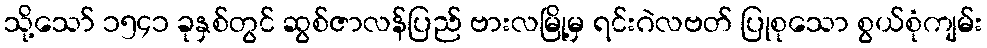
သို့သော် ၁၅၄၁ ခုနှစ်တွင် ဆွစ်ဇာလန်ပြည် ဗားလမြို့မှ ရင်းဂဲလဗတ် ပြုစုသော စွယ်စုံကျမ်း